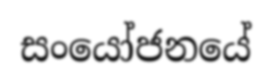
සංයෝජනයේ